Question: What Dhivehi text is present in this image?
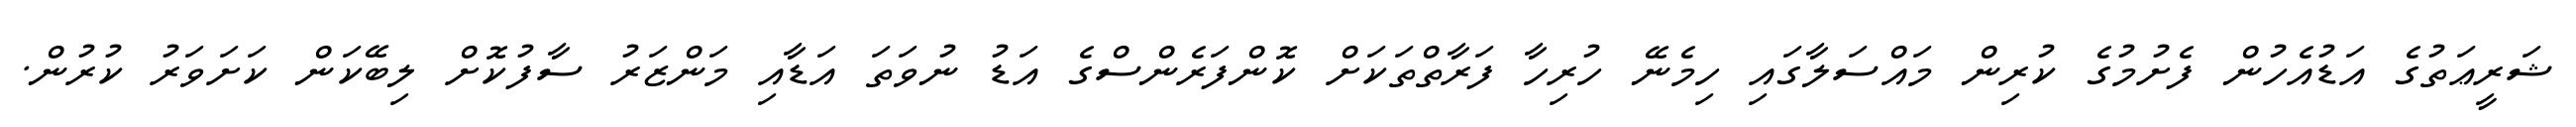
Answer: ޝަރީޢަތުގެ އަޑުއެހުން ފެށުމުގެ ކުރިން މައްސަލާގައި ހިމެނޭ ހުރިހާ ފަރާތްތަކަށް ކޮންފަރެންސްގެ އަޑު ނުވަތަ އަޑާއި މަންޒަރު ސާފުކޮށް ލިބޭކަން ކަށަވަރު ކުރުން.